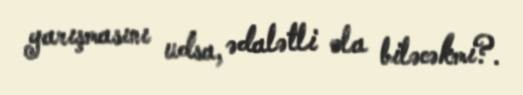
yarışmasını udsa, ədalətli ola biləcəkmi?.